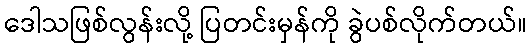
ဒေါသဖြစ်လွန်းလို့ ပြတင်းမှန်ကို ခွဲပစ်လိုက်တယ်။